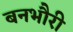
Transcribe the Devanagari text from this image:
बनभौरी